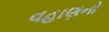
વહાણનો